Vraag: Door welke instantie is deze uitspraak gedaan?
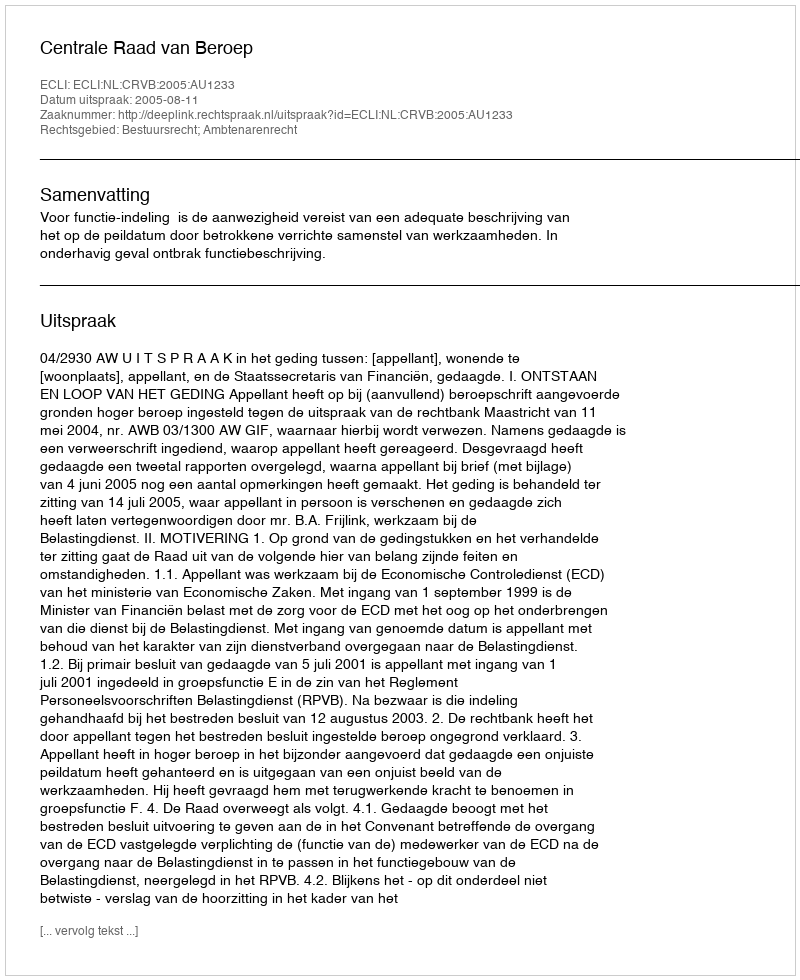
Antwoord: Centrale Raad van Beroep